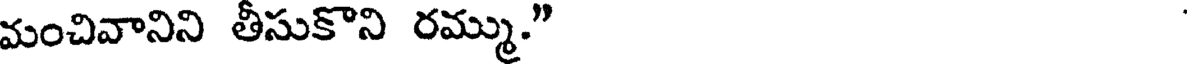
మంచివానిని తీసుకొని రమ్ము."